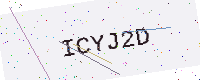
Text: ICYJ2D